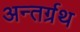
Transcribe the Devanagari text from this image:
अन्तर्ग्रथ